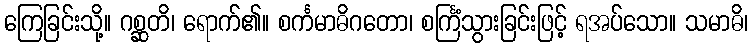
ကြေခြင်းသို့။ ဂစ္ဆတိ၊ ရောက်၏။ စင်္ကမာဓိဂတော၊ စင်္ကြံသွားခြင်းဖြင့် ရအပ်သော။ သမာဓိ၊